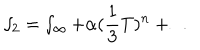
\smallint _ { 2 } = \smallint _ { \infty } + \alpha ( { \frac 1 3 } T ) ^ { n } + \ldots